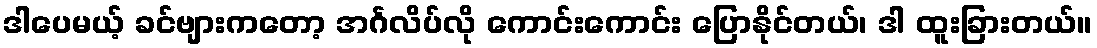
ဒါပေမယ့် ခင်ဗျားကတော့ အင်္ဂလိပ်လို ကောင်းကောင်း ပြောနိုင်တယ်၊ ဒါ ထူးခြားတယ်။